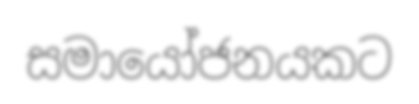
සමායෝජනයකට